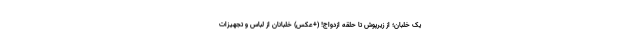
یک خلبان؛ از زیرپوش تا حلقه ازدواج! (+عکس) خلبانان از لباس و تجهیزات